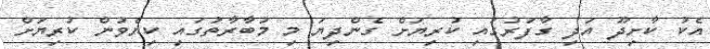
އެކު ކާށިދޫ އަދި ގާފަރުގައި ކުރިޔަށް ގެންދިޔަ މި މުބާރާތުގައި ކިޔެވުން ކުރިޔަށް